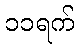
၁၁ရက်